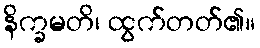
နိက္ခမတိ၊ ထွက်တတ်၏။